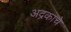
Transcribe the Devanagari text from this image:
अद्रकाचे